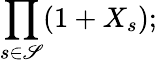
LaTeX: \prod_{s\in\mathscr{S}}(1+X_{s});